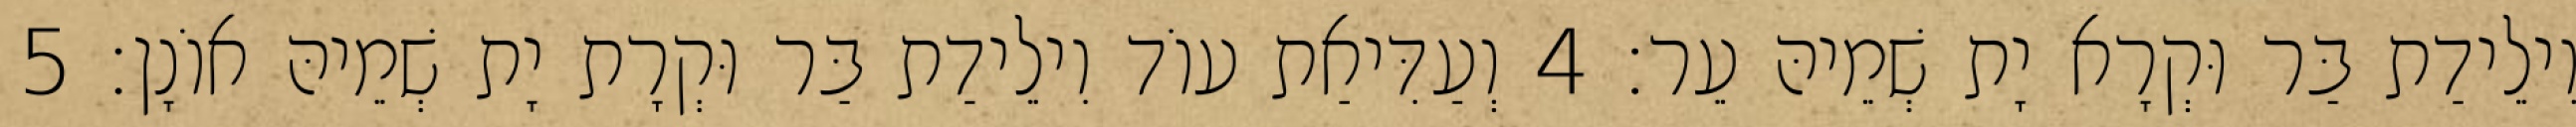
וִילֵידַת בַּר וּקְרָא יָת שְׁמֵיהּ עֵר׃ 4 וְעַדִּיאַת עוֹד וִילֵידַת בַּר וּקְרָת יָת שְׁמֵיהּ אוֹנָן׃ 5